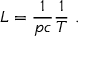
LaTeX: L = \frac { 1 } { p c } \frac { 1 } { T } ~ .